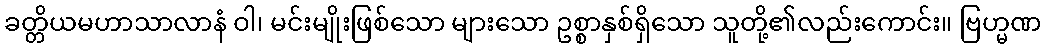
ခတ္တိယမဟာသာလာနံ ဝါ၊ မင်းမျိုးဖြစ်သော များသော ဥစ္စာနှစ်ရှိသော သူတို့၏လည်းကောင်း။ ဗြဟ္မဏ